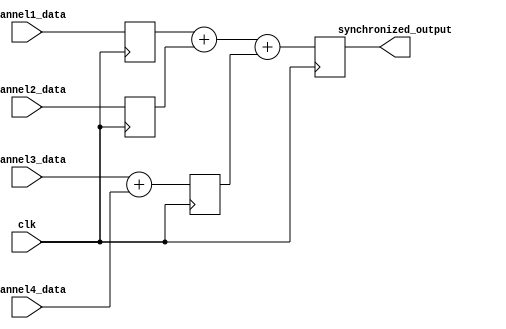
module multi_channel_synchronizer (
  input [7:0] channel1_data,
  input [7:0] channel2_data,
  input [7:0] channel3_data,
  input [7:0] channel4_data,
  input clk,
  output reg [7:0] synchronized_output
);

reg [7:0] synchronized_output_temp1, synchronized_output_temp2, synchronized_output_temp3;

always @(posedge clk) begin
  // Timing control blocks
  // Synchronization block for channel 1
  synchronized_output_temp1 <= channel1_data;
  
  // Synchronization block for channel 2
  synchronized_output_temp2 <= channel2_data;
  
  // Synchronization block for channel 3
  synchronized_output_temp3 <= channel3_data + channel4_data;

  // Error detection and correction mechanisms
  // Add error detection and correction code here if needed
  
  // Final synchronized output
  synchronized_output <= synchronized_output_temp1 + synchronized_output_temp2 + synchronized_output_temp3;
end

endmodule